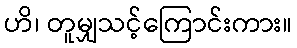
ဟိ၊ တူမျှသင့်ကြောင်းကား။